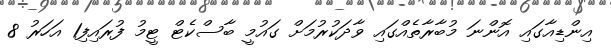
އިންޑިއާގައި އޮންނަ މުބާރާތެއްގައި ވާދަކުރުމަށް ގައުމީ ބާސްކެޓް ޓީމު ފުރައިފި1 އަހަރު 8